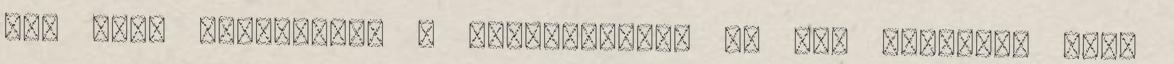
már volt ugyanebben a szerepkörben és jól látszik, hogy